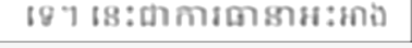
ទេ។ នេះជាការធានាអះអាង